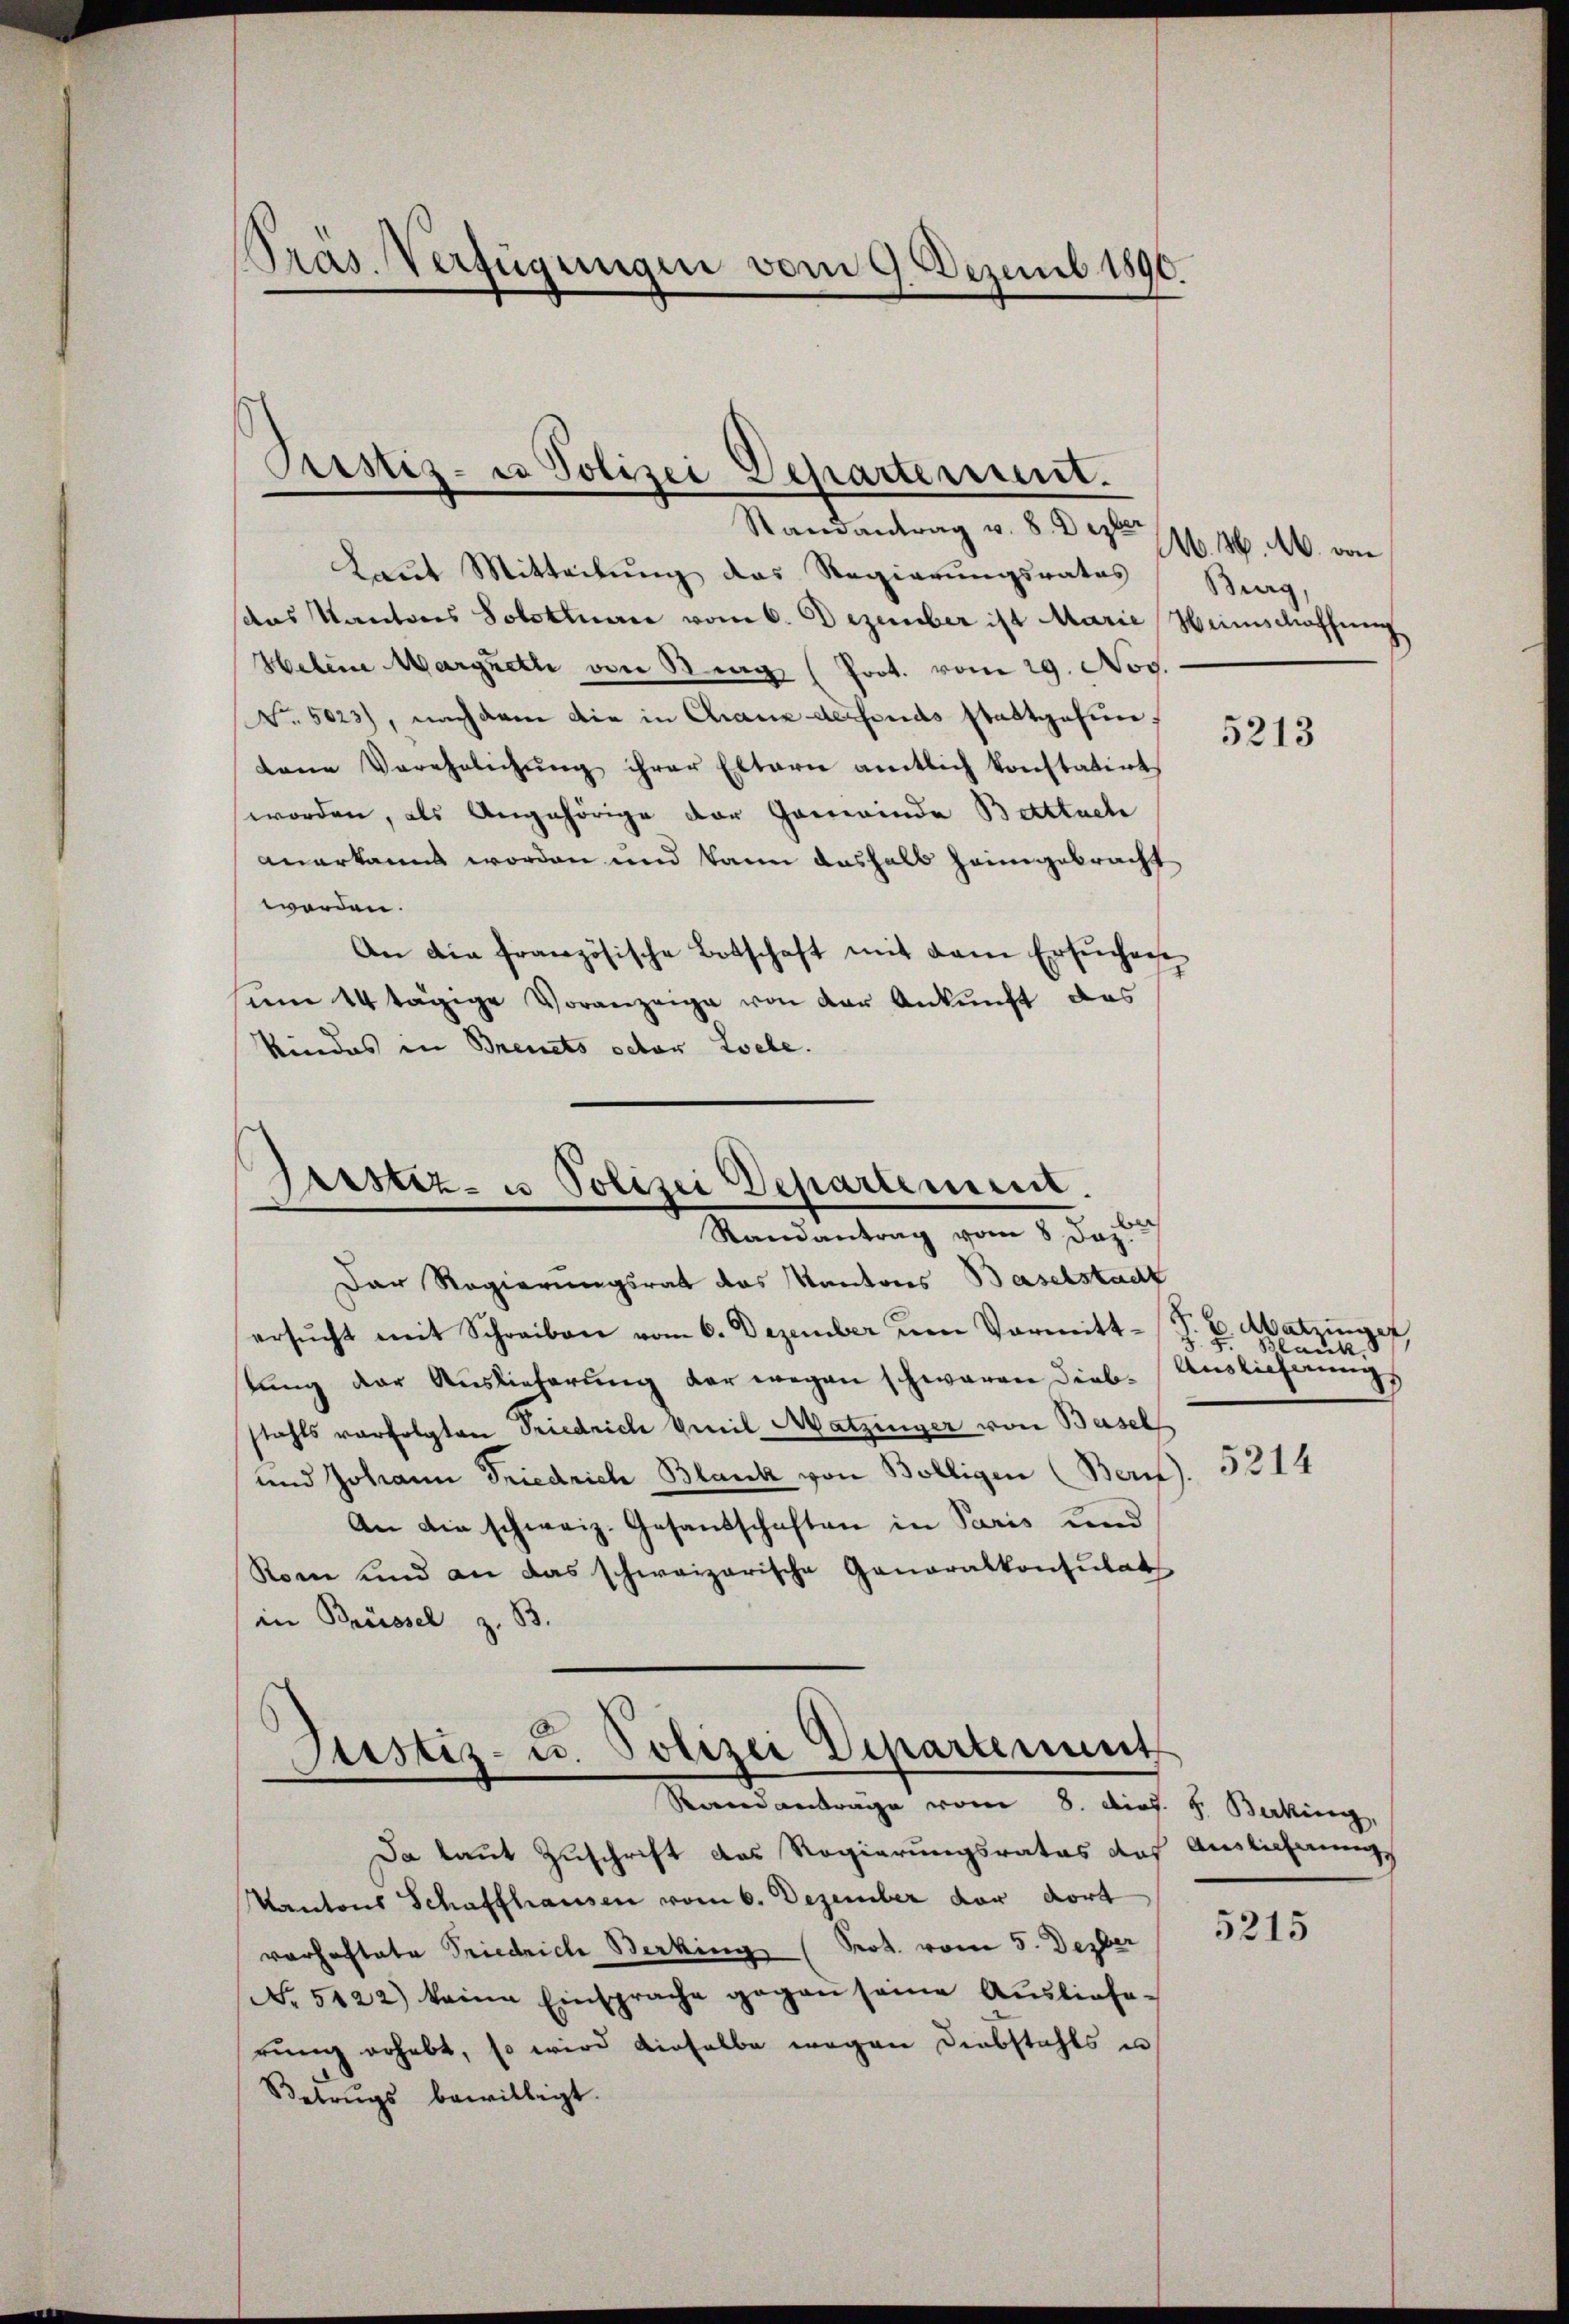
Pras. Verfügungen vom 9. Dezemb. 1890.

Prustiz- u Polizei Departement.

Randantrag v. 8. Dezten N. 11. M. von
Laut Mitteilung das Regierungsrates Burg,
das Kantons Solothane vom 6. Dezember ist Marie Weinschaffung
Helene Margreth von Strag (Prot. vom 29. Nov.
No. 5023), nachdem die in Chaux de fonds stattgefunkane Verehelichŭng ihrer Eltern amtlich konstatirt
worden, als Angehörige der Gemeinde Betttuch
anerkannt worden und kann deshalb heimgebracht
worden.
An die französische Botschaft mit dem Ersuchen
um 14 tägige Voranzeige von der Ankunft das
Kindes in Brevets octor Loele.

Gerstiz- u Polizei Departement.
Randantrag vom 8. Jez

Justiz- u. Polizei Departement
Randanträge vom 8. Dios. 8. Berking,

Der Regierungsrat das Kantons Baselstadt
ersŭcht mit Schreiben vom 6. Dezember um Vormitt z. B. Blank
lung der Auslieferung der wegen schwaren Diebtahls verfolgten Friedrich weil Matzinger von Basel
und Johann Friedrich Blank von Bölligen (Bern).
An die schweiz. Gesandschaften in Paris und
Kom und an das schweizerische Generalkonsulat
in Brüssel z. B.

Da laut Zuschrift das Regierungsrates das Auslichnung
Kantons Schaffhausen vom 6. Dezember der dort
vorhaftete Friedrich Berking (Prot. vom 5. Dezber
(No 5122) keine Einsprache gegen seine Auslieferung erhebt, so wird dieselbe wegen Diebstahls un
Betrugs bewilligt.

5213

P. E Matzinger
Auslieferung

5214

5215